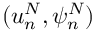
( u _ { n } ^ { N } , \psi _ { n } ^ { N } )